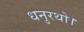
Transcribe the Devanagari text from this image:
धनुरथो।